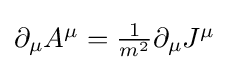
{\textstyle \partial _{\mu }A^{\mu }={\tfrac {1}{m^{2}}}\partial _{\mu }J^{\mu }}